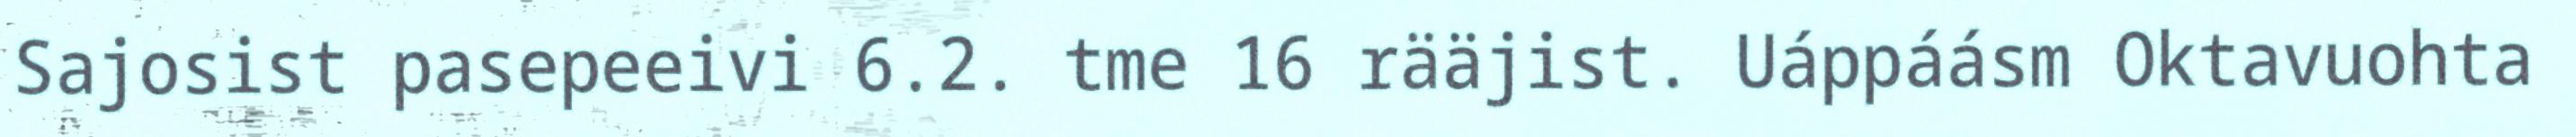
Sajosist pasepeeivi 6.2. tme 16 rääjist. Uáppáásm Oktavuohta